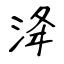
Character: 洚